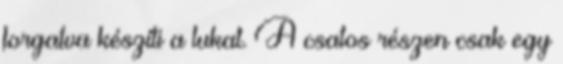
forgatva készíti a lukat. A csatos részen csak egy